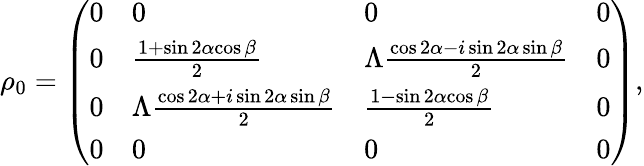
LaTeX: \rho_{0}=\left(\begin{array}{llll}{0}&{0}&{0}&{0}\\ {0}&{\frac{1+\sin{2\alpha}{\cos{\beta}}}{2}}&{\Lambda\frac{\cos{2\alpha}-i\sin{2\alpha}\sin{\beta}}{2}}&{0}\\ {0}&{\Lambda\frac{\cos{2\alpha}+i\sin{2\alpha}\sin{\beta}}{2}}&{\frac{1-\sin{2\alpha}{\cos{\beta}}}{2}}&{0}\\ {0}&{0}&{0}&{0}\end{array}\right),